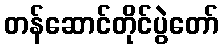
တန်ဆောင်တိုင်ပွဲတော်